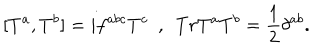
[ T ^ { a } , T ^ { b } ] = i f ^ { a b c } T ^ { c } \ \ , \ \ T r T ^ { a } T ^ { b } = \frac { 1 } { 2 } \delta ^ { a b } .